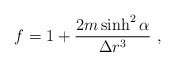
\begin{align*}f=1+\frac{2m\sinh^2 \alpha}{\Delta r^3}\ ,\end{align*}